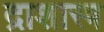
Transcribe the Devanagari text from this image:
द्राशास्त्र